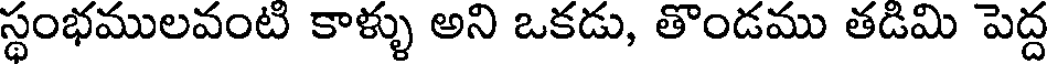
స్థంభములవంటి కాళ్ళు అని ఒకడు, తొండము తడిమి పెద్ద